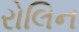
રોલિન